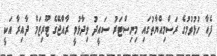
ފެއާ ހުޅުވުމުގެ ރަސްމިއްޔާތުގައި މިނިސްޓަރު ސައީދު ވިދާޅުވީ ރާއްޖޭގެ ޓޫރިޒަމް ދާއިރާ އަކީ